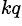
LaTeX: ^{kq}